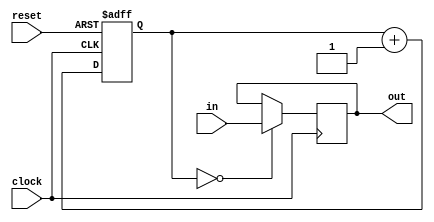
module chat(
	input clock,reset,in,
	output reg out
	);
	reg buffer;
	reg [4:0] counter;
	always @(posedge clock or negedge reset) begin
		if(reset == 0) begin
			counter <= 0;
			end else begin
				counter <= counter + 1;
		end
	end
	
//		function button;
//		input touch;
//		input [26:0] count;
//			begin		
//			if(count==0) button = touch;
//			end
//			endfunction
//		assign out = button(in,counter);
	
	always @(posedge clock) begin
		if(counter==0) begin
			out <= in ;
		end
	end
	
	endmodule